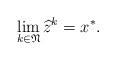
LaTeX: \begin{align*}\lim_{k\in\mathfrak{N}}\widehat z^{k}=x^*.\end{align*}